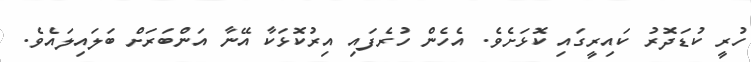
ހުރީ ކުޑަދޮރު ކައިރީގައި ކޮޅަށެވެ. އެހެން ހުރެފައި އިރުކޮޅަކާ އޭނާ އަންބަރަށް ބަލައިލައެވެ.